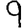
Digit: 9